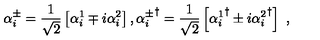
\alpha _ { i } ^ { \pm } = \frac { 1 } { \sqrt { 2 } } \left[ \alpha _ { i } ^ { 1 } \mp i \alpha _ { i } ^ { 2 } \right] , { \alpha _ { i } ^ { \pm } } ^ { \dagger } = \frac { 1 } { \sqrt { 2 } } \left[ { \alpha _ { i } ^ { 1 } } ^ { \dagger } \pm i { \alpha _ { i } ^ { 2 } } ^ { \dagger } \right] \ ,